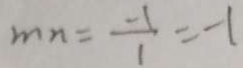
m n = \frac { - 1 } { 1 } = - 1